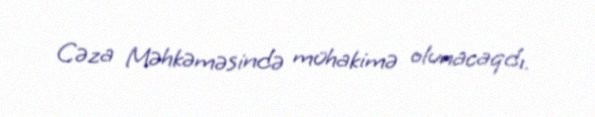
Cəza Məhkəməsində mühakimə olunacaqdı.